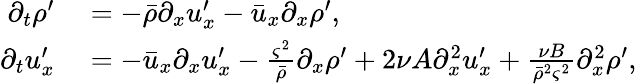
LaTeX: \begin{array}{rl}{\partial_{t}\rho^{\prime}}&{{}=-\bar{\rho}\partial_{x}u_{x}^{\prime}-\bar{u}_{x}\partial_{x}\rho^{\prime},}\\ {\partial_{t}u_{x}^{\prime}}&{{}=-\bar{u}_{x}\partial_{x}u_{x}^{\prime}-\frac{\varsigma^{2}}{\bar{\rho}}\partial_{x}\rho^{\prime}+2\nu A\partial_{x}^{2}u_{x}^{\prime}+\frac{\nu B}{\bar{\rho}^{2}\varsigma^{2}}\partial_{x}^{2}\rho^{\prime},}\end{array}